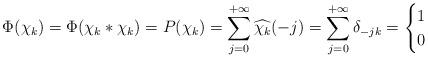
LaTeX: \begin{align*}\Phi(\chi_k)=\Phi(\chi_k\ast\chi_k)=P(\chi_k)=\sum_{j=0}^{+\infty}\widehat{\chi_k}(-j)= \sum_{j=0}^{+\infty}{\delta_{-jk}}= \begin{cases}1 & \\0 & \end{cases}\end{align*}